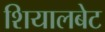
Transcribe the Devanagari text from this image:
शियालबेट